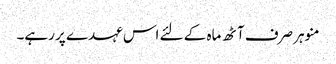
منوہر صرف آٹھ ماہ کے لئے اس عہدے پر رہے۔